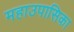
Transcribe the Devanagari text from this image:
महाउपासिका